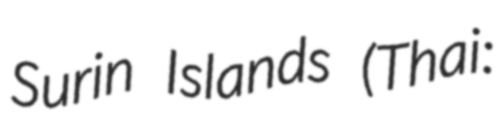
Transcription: Surin Islands (Thai: